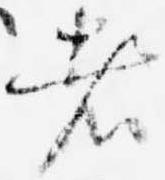
者